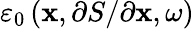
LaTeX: \varepsilon_{0}\left(\mathbf{x},\partial S/\partial\mathbf{x},\omega\right)